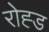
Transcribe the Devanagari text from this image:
रोह्ड